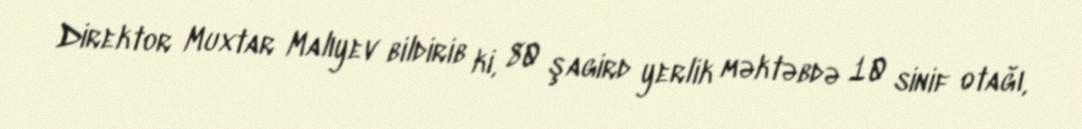
Direktor Muxtar Malıyev bildirib ki, 80 şagird yerlik məktəbdə 10 sinif otağı,